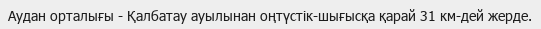
Аудан орталығы - Қалбатау ауылынан оңтүстік-шығысқа қарай 31 км-дей жерде.